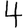
Digit: 4